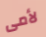
لأمى